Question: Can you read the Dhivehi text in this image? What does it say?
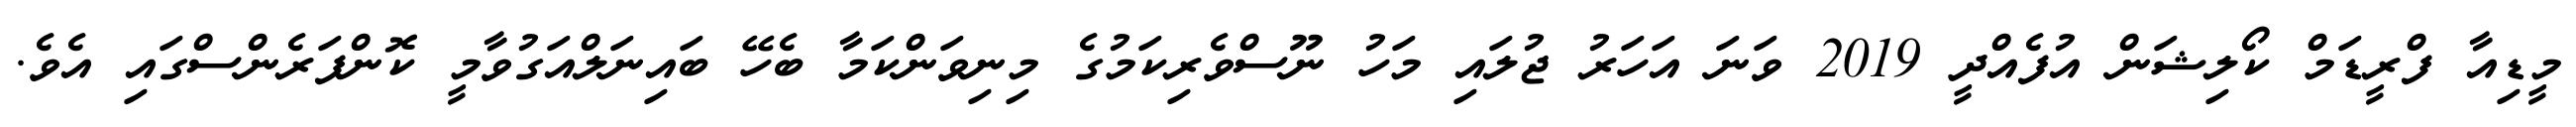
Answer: މީޑިއާ ފްރީޑަމް ކޯލިޝަން އުފެއްދީ 2019 ވަނަ އަހަރު ޖުލައި މަހު ނޫސްވެރިކަމުގެ މިނިވަންކަމާ ބެހޭ ބައިނަލްއަގުވާމީ ކޮންފަރެންސްގައި އެވެ.